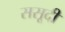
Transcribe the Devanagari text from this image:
ससूदी